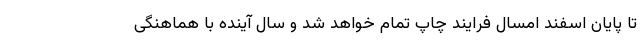
تا پایان اسفند امسال فرایند چاپ تمام خواهد شد و سال آینده با هماهنگی